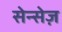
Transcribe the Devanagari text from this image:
सेन्सेज़